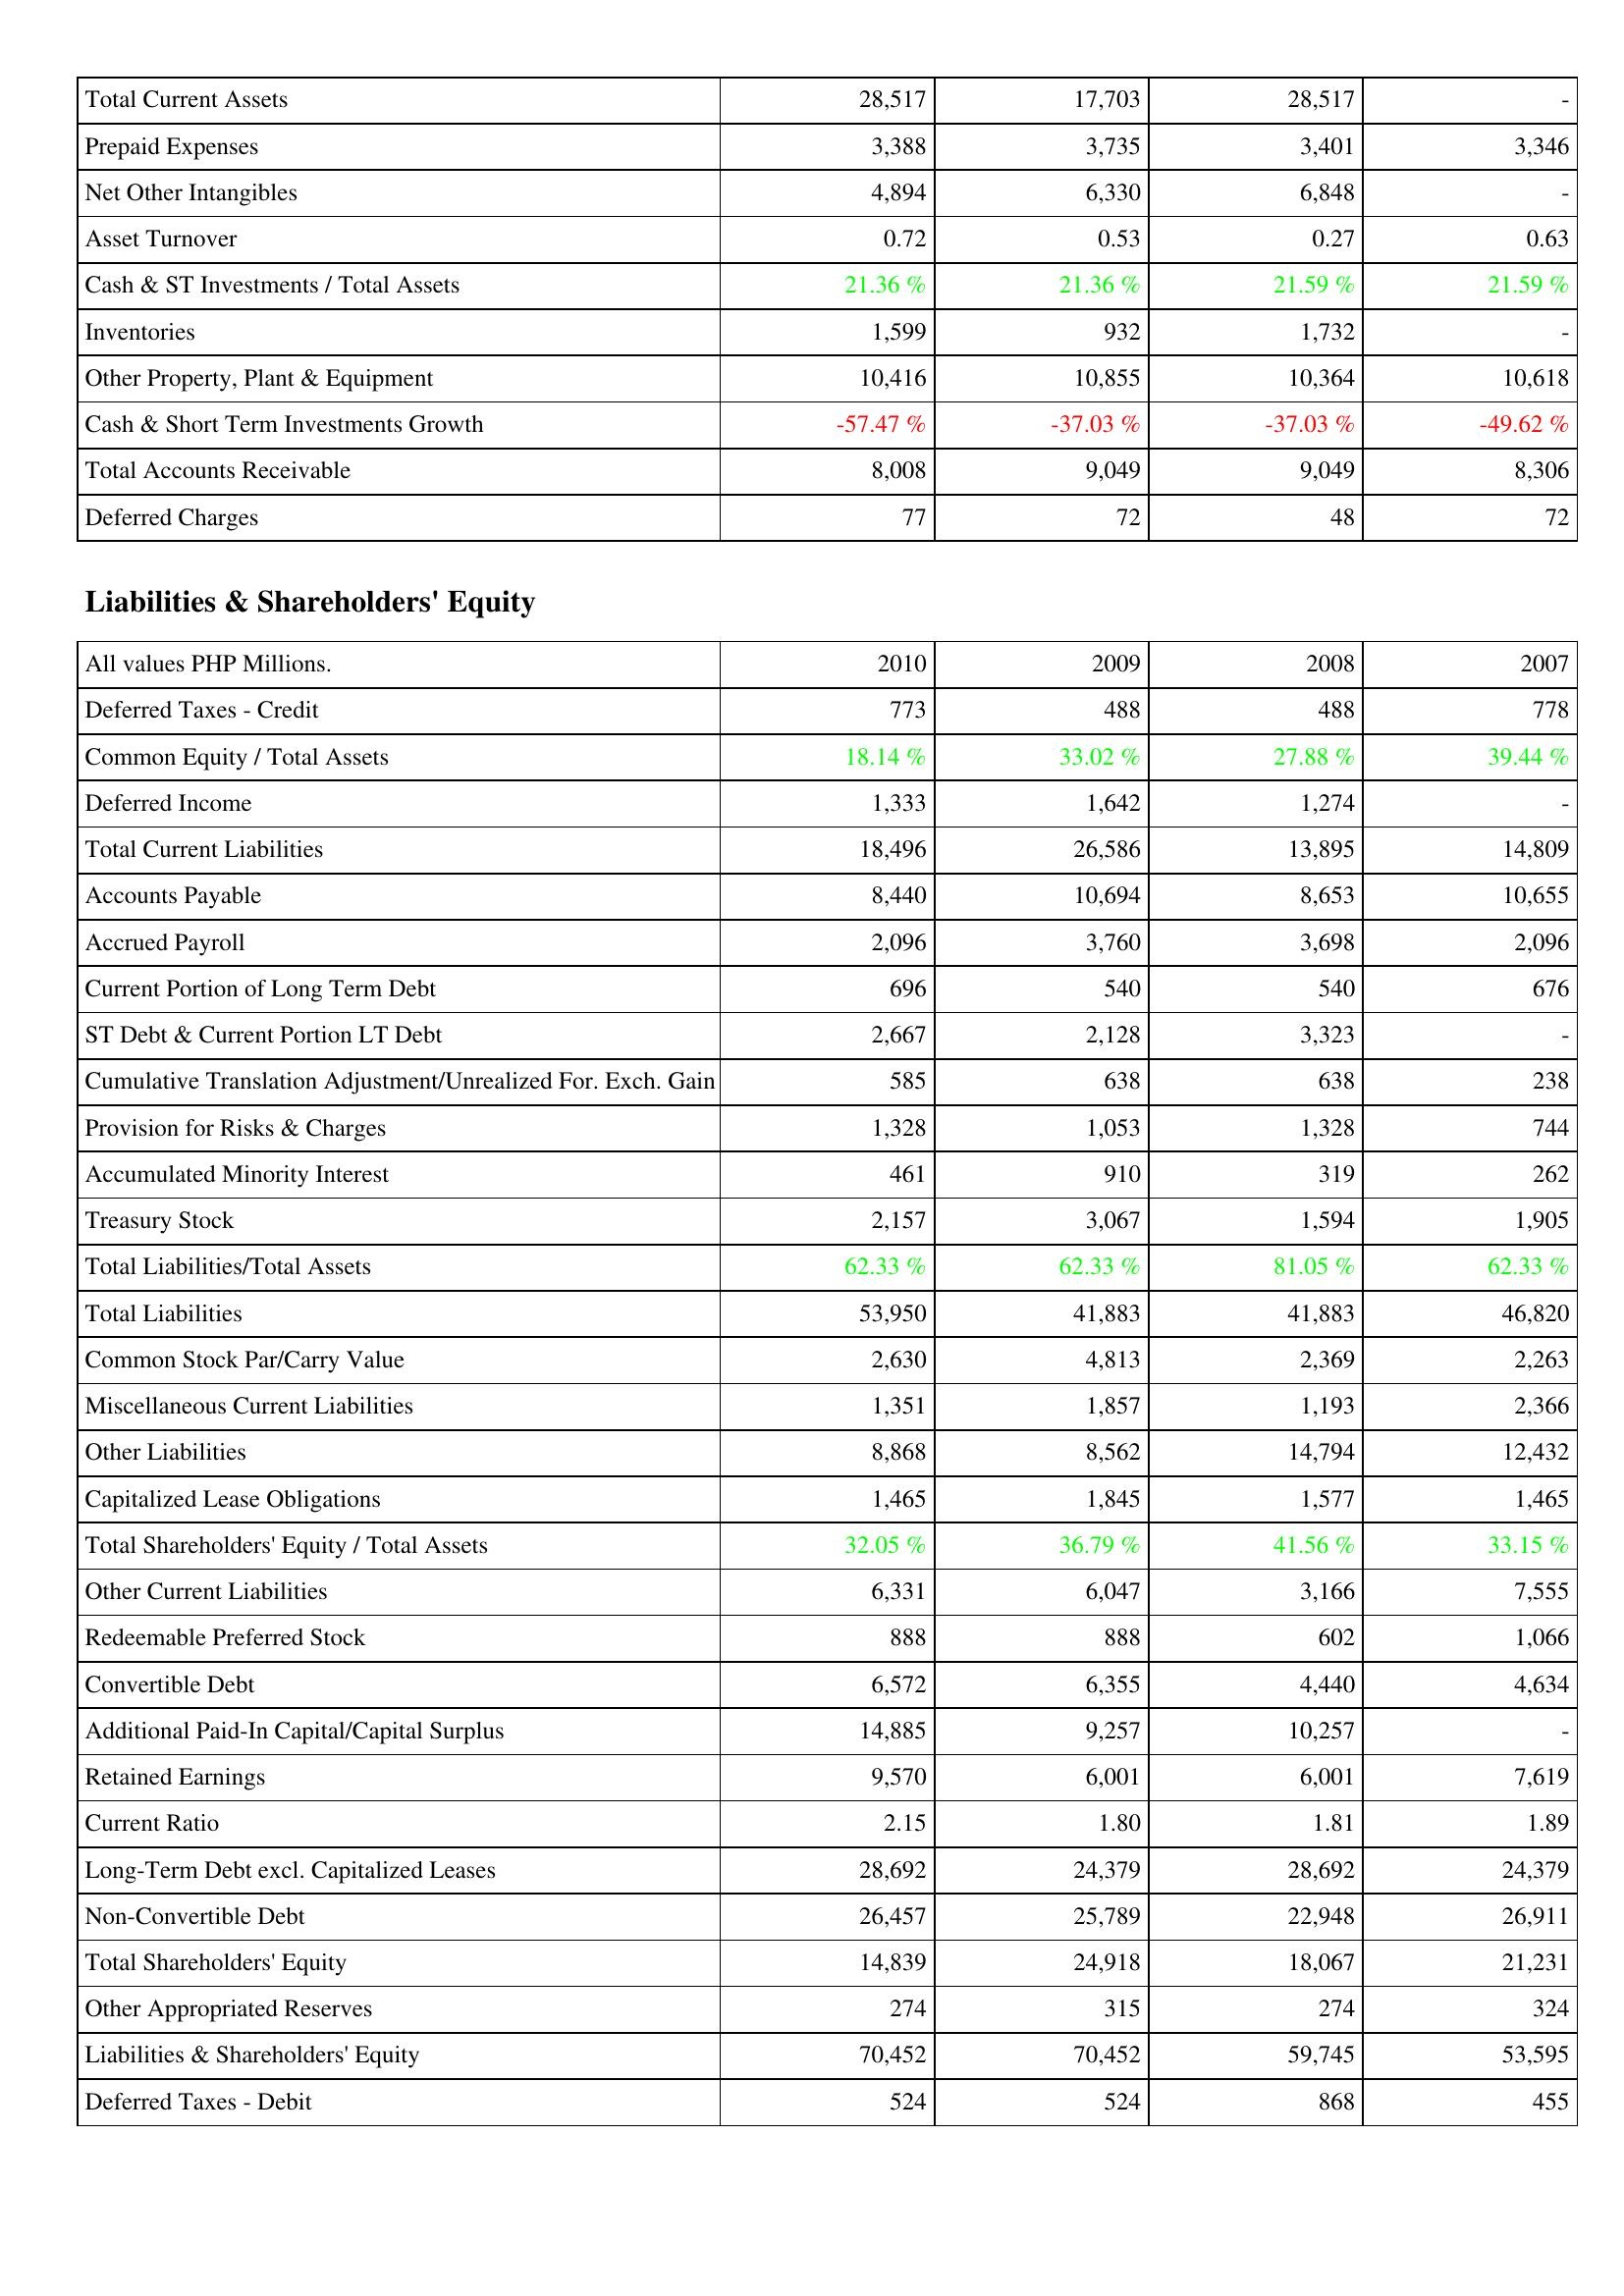
2010: Assets: Total Current Assets: 28,517
Prepaid Expenses: 3,388
Net Other Intangibles: 4,894
Asset Turnover: 0.72
Cash & ST Investments / Total Assets: 21.36 %
Inventories: 1,599
Other Property, Plant & Equipment: 10,416
Cash & Short Term Investments Growth: -57.47 %
Total Accounts Receivable: 8,008
Deferred Charges: 77
Liabilities & Shareholders' Equity: Deferred Taxes - Credit: 773
Common Equity / Total Assets: 18.14 %
Deferred Income: 1,333
Total Current Liabilities: 18,496
Accounts Payable: 8,440
Accrued Payroll: 2,096
Current Portion of Long Term Debt: 696
ST Debt & Current Portion LT Debt: 2,667
Cumulative Translation Adjustment/Unrealized For. Exch. Gain: 585
Provision for Risks & Charges: 1,328
Accumulated Minority Interest: 461
Treasury Stock: 2,157
Total Liabilities/Total Assets: 62.33 %
Total Liabilities: 53,950
Common Stock Par/Carry Value: 2,630
Miscellaneous Current Liabilities: 1,351
Other Liabilities: 8,868
Capitalized Lease Obligations: 1,465
Total Shareholders' Equity / Total Assets: 32.05 %
Other Current Liabilities: 6,331
Redeemable Preferred Stock: 888
Convertible Debt: 6,572
Additional Paid-In Capital/Capital Surplus: 14,885
Retained Earnings: 9,570
Current Ratio: 2.15
Long-Term Debt excl. Capitalized Leases: 28,692
Non-Convertible Debt: 26,457
Total Shareholders' Equity: 14,839
Other Appropriated Reserves: 274
Liabilities & Shareholders' Equity: 70,452
Deferred Taxes - Debit: 524
2009: Assets: Total Current Assets: 17,703
Prepaid Expenses: 3,735
Net Other Intangibles: 6,330
Asset Turnover: 0.53
Cash & ST Investments / Total Assets: 21.36 %
Inventories: 932
Other Property, Plant & Equipment: 10,855
Cash & Short Term Investments Growth: -37.03 %
Total Accounts Receivable: 9,049
Deferred Charges: 72
Liabilities & Shareholders' Equity: Deferred Taxes - Credit: 488
Common Equity / Total Assets: 33.02 %
Deferred Income: 1,642
Total Current Liabilities: 26,586
Accounts Payable: 10,694
Accrued Payroll: 3,760
Current Portion of Long Term Debt: 540
ST Debt & Current Portion LT Debt: 2,128
Cumulative Translation Adjustment/Unrealized For. Exch. Gain: 638
Provision for Risks & Charges: 1,053
Accumulated Minority Interest: 910
Treasury Stock: 3,067
Total Liabilities/Total Assets: 62.33 %
Total Liabilities: 41,883
Common Stock Par/Carry Value: 4,813
Miscellaneous Current Liabilities: 1,857
Other Liabilities: 8,562
Capitalized Lease Obligations: 1,845
Total Shareholders' Equity / Total Assets: 36.79 %
Other Current Liabilities: 6,047
Redeemable Preferred Stock: 888
Convertible Debt: 6,355
Additional Paid-In Capital/Capital Surplus: 9,257
Retained Earnings: 6,001
Current Ratio: 1.80
Long-Term Debt excl. Capitalized Leases: 24,379
Non-Convertible Debt: 25,789
Total Shareholders' Equity: 24,918
Other Appropriated Reserves: 315
Liabilities & Shareholders' Equity: 70,452
Deferred Taxes - Debit: 524
2008: Assets: Total Current Assets: 28,517
Prepaid Expenses: 3,401
Net Other Intangibles: 6,848
Asset Turnover: 0.27
Cash & ST Investments / Total Assets: 21.59 %
Inventories: 1,732
Other Property, Plant & Equipment: 10,364
Cash & Short Term Investments Growth: -37.03 %
Total Accounts Receivable: 9,049
Deferred Charges: 48
Liabilities & Shareholders' Equity: Deferred Taxes - Credit: 488
Common Equity / Total Assets: 27.88 %
Deferred Income: 1,274
Total Current Liabilities: 13,895
Accounts Payable: 8,653
Accrued Payroll: 3,698
Current Portion of Long Term Debt: 540
ST Debt & Current Portion LT Debt: 3,323
Cumulative Translation Adjustment/Unrealized For. Exch. Gain: 638
Provision for Risks & Charges: 1,328
Accumulated Minority Interest: 319
Treasury Stock: 1,594
Total Liabilities/Total Assets: 81.05 %
Total Liabilities: 41,883
Common Stock Par/Carry Value: 2,369
Miscellaneous Current Liabilities: 1,193
Other Liabilities: 14,794
Capitalized Lease Obligations: 1,577
Total Shareholders' Equity / Total Assets: 41.56 %
Other Current Liabilities: 3,166
Redeemable Preferred Stock: 602
Convertible Debt: 4,440
Additional Paid-In Capital/Capital Surplus: 10,257
Retained Earnings: 6,001
Current Ratio: 1.81
Long-Term Debt excl. Capitalized Leases: 28,692
Non-Convertible Debt: 22,948
Total Shareholders' Equity: 18,067
Other Appropriated Reserves: 274
Liabilities & Shareholders' Equity: 59,745
Deferred Taxes - Debit: 868
2007: Assets: Total Current Assets: -
Prepaid Expenses: 3,346
Net Other Intangibles: -
Asset Turnover: 0.63
Cash & ST Investments / Total Assets: 21.59 %
Inventories: -
Other Property, Plant & Equipment: 10,618
Cash & Short Term Investments Growth: -49.62 %
Total Accounts Receivable: 8,306
Deferred Charges: 72
Liabilities & Shareholders' Equity: Deferred Taxes - Credit: 778
Common Equity / Total Assets: 39.44 %
Deferred Income: -
Total Current Liabilities: 14,809
Accounts Payable: 10,655
Accrued Payroll: 2,096
Current Portion of Long Term Debt: 676
ST Debt & Current Portion LT Debt: -
Cumulative Translation Adjustment/Unrealized For. Exch. Gain: 238
Provision for Risks & Charges: 744
Accumulated Minority Interest: 262
Treasury Stock: 1,905
Total Liabilities/Total Assets: 62.33 %
Total Liabilities: 46,820
Common Stock Par/Carry Value: 2,263
Miscellaneous Current Liabilities: 2,366
Other Liabilities: 12,432
Capitalized Lease Obligations: 1,465
Total Shareholders' Equity / Total Assets: 33.15 %
Other Current Liabilities: 7,555
Redeemable Preferred Stock: 1,066
Convertible Debt: 4,634
Additional Paid-In Capital/Capital Surplus: -
Retained Earnings: 7,619
Current Ratio: 1.89
Long-Term Debt excl. Capitalized Leases: 24,379
Non-Convertible Debt: 26,911
Total Shareholders' Equity: 21,231
Other Appropriated Reserves: 324
Liabilities & Shareholders' Equity: 53,595
Deferred Taxes - Debit: 455